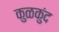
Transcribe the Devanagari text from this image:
कुळकुंद